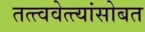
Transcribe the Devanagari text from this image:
तत्त्ववेत्त्यांसोबत